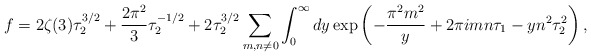
\begin{align*} f=2\zeta(3)\tau_2^{3/2} + {2\pi^{2}\over 3}\tau_2^{-1/2} +2\tau_2^{3/2}\sum_{m,n\neq 0}\int_0^{\infty}dy \exp\left(-{\pi^2 m^2\over y}+2\pi i m n\tau_1 - yn^2 \tau_2^2\right),\end{align*}